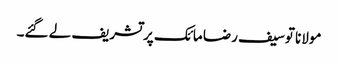
مولانا توسیف رضا مائک پر تشریف لے گئے۔